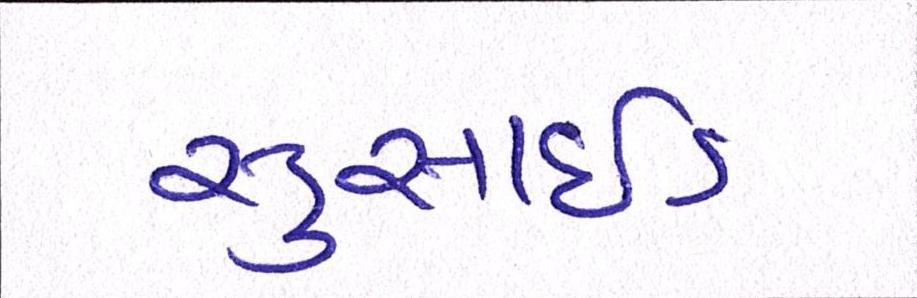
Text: સુસાઈડ